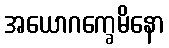
အယောဂက္ခေမိနော